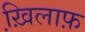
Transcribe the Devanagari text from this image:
ख़ि़लाफ़